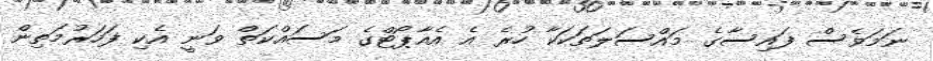
ނަމަވެސް ފައިސާގެ މައްސަލަތަކަކާ ހުރެ އެ އެއާޕޯޓްގެ މަސައްކަތް ވަނީ އެކި ފަހަރުމަތިން